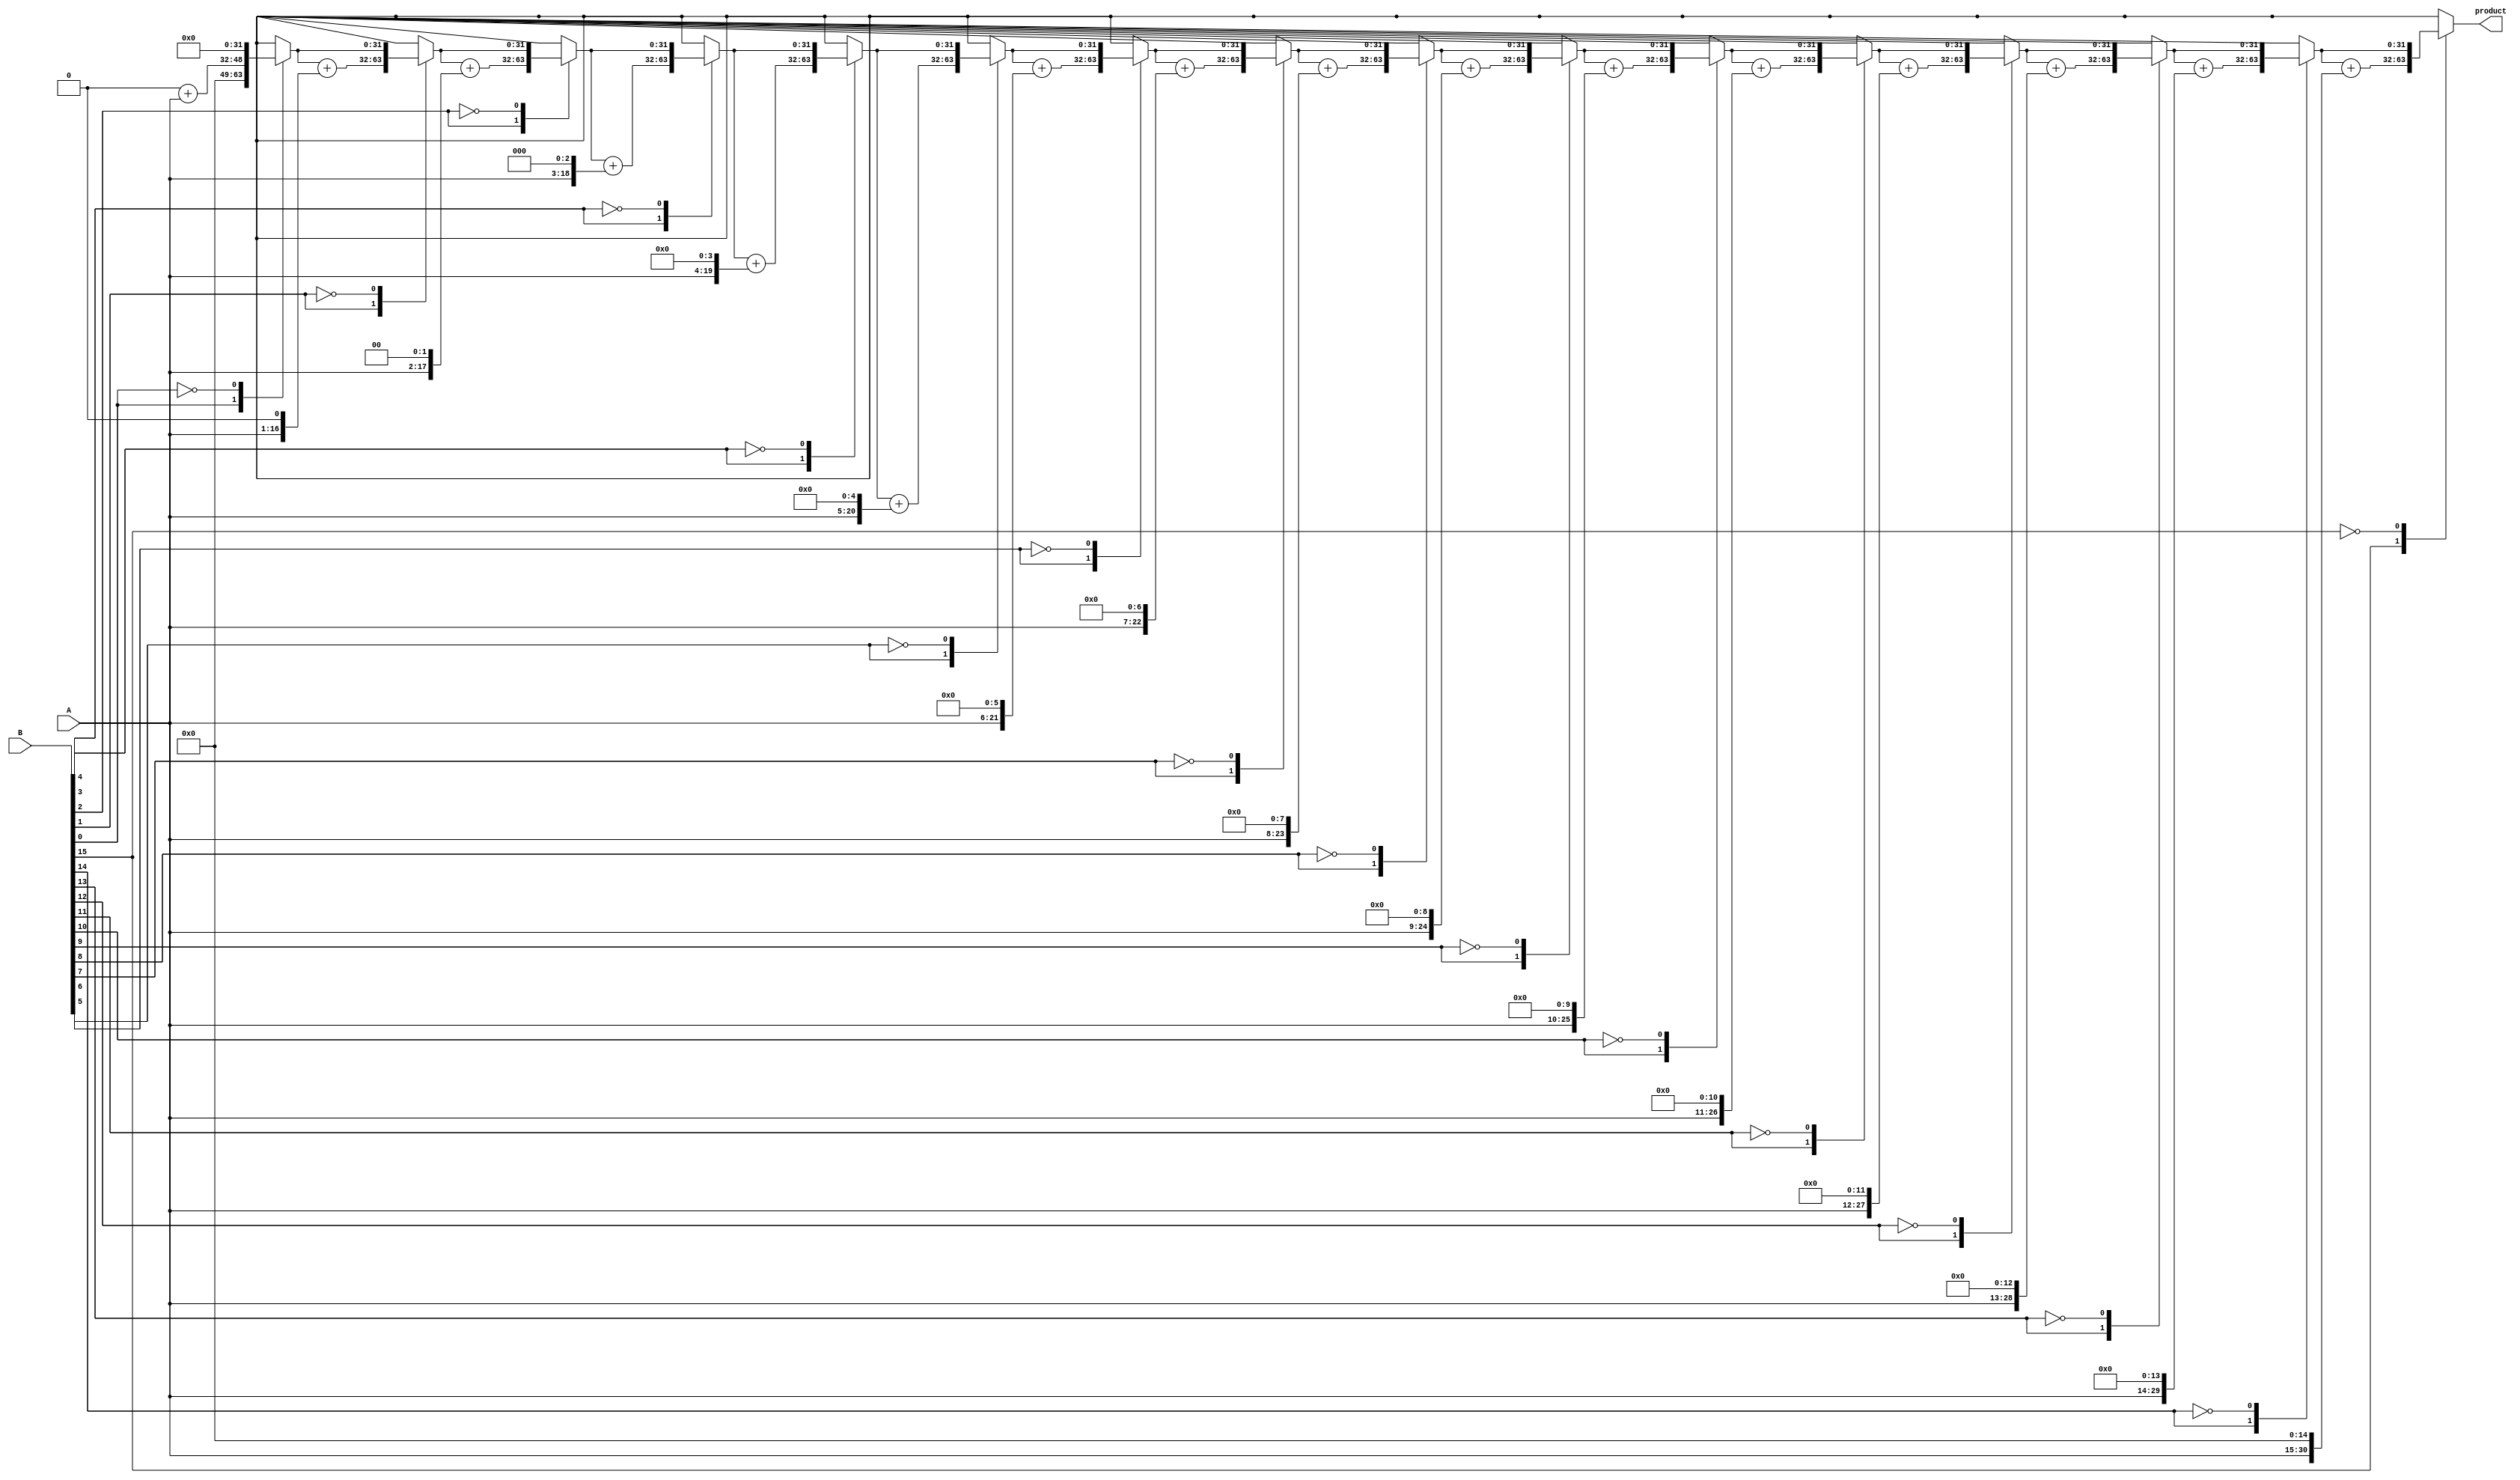
module csd_multiplier(
    input signed [15:0] A, // CSD format multiplicand
    input signed [15:0] B, // CSD format multiplier
    output reg signed [31:0] product // Output product
);
    
    // CSD representation
    reg [2*16-1:0] partial_products; // Store partial products
    integer i;

    // Generate partial products based on CSD digits
    always @(*) begin
        // Initialize product
        product = 0;
        partial_products = 0;

        // Generate partial products based on CSD digits
        for (i = 0; i < 16; i = i + 1) begin
            case (B[i])
                1'b1: partial_products = partial_products + (A << i); // Add shifted A
                1'b0: partial_products = partial_products; // No operation
                -1: partial_products = partial_products - (A << i); // Subtract shifted A
            endcase
        end
        
        // Accumulate the result
        product = partial_products;
    end
endmodule